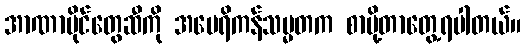
အာဏာပိုင်တွေဆီကို အမေရိကန်သမ္မတက စာပို့တာတွေ့ရပါတယ်။